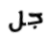
جل